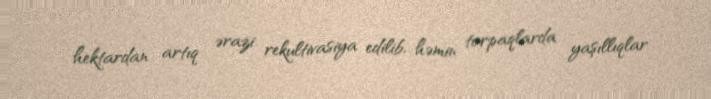
hektardan artıq ərazi rekultivasiya edilib, həmin torpaqlarda yaşıllıqlar